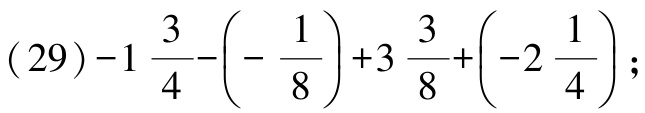
\((29)-1\frac{3}{4}-\left(-\frac{1}{8}\right)+3\frac{3}{8}+\left(-2\frac{1}{4}\right);\)